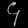
Digit: ၄